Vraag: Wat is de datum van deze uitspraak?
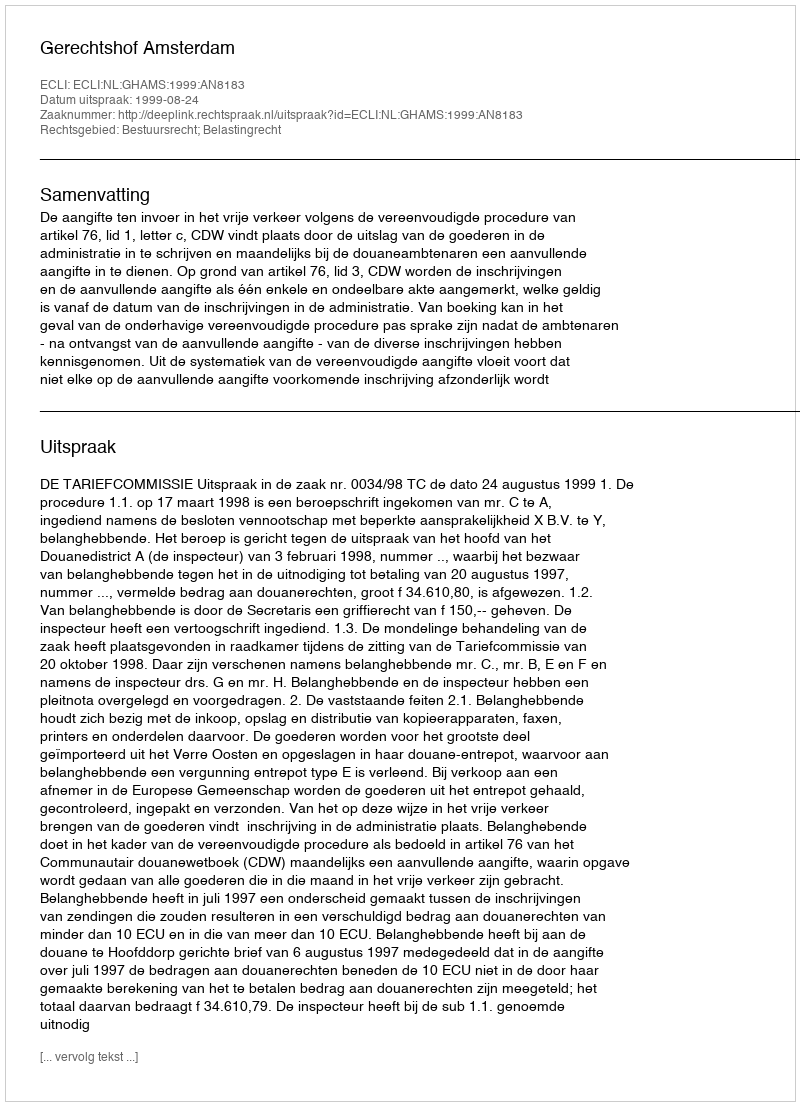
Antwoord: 1999-08-24